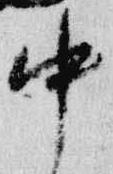
中